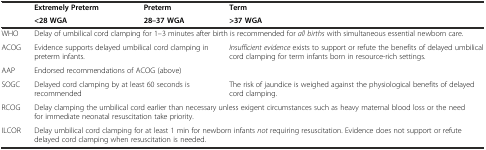
<table><thead><tr><td rowspan="2"></td><td><b>Extremely Preterm</b></td><td><b>Preterm</b></td><td><b>Term</b></td></tr><tr><td><b>&lt;28 WGA</b></td><td><b>28–37 WGA</b></td><td><b>&gt;37 WGA</b></td></tr></thead><tbody><tr><td>WHO</td><td colspan="3">Delay of umbilical cord clamping for 1–3 minutes after birth is recommended for <i>all births</i> with simultaneous essential newborn care.</td></tr><tr><td>ACOG</td><td colspan="2">Evidence supports delayed umbilical cord clamping in preterm infants.</td><td><i>Insufficient evidence</i> exists to support or refute the benefits of delayed umbilical cord clamping for term infants born in resource-rich settings.</td></tr><tr><td>AAP</td><td colspan="3">Endorsed recommendations of ACOG (above)</td></tr><tr><td>SOGC</td><td colspan="2">Delayed cord clamping by at least 60 seconds is recommended</td><td>The risk of jaundice is weighed against the physiological benefits of delayed cord clamping.</td></tr><tr><td>RCOG</td><td colspan="3">Delay clamping the umbilical cord earlier than necessary unless exigent circumstances such as heavy maternal blood loss or the need for immediate neonatal resuscitation take priority.</td></tr><tr><td>ILCOR</td><td colspan="3">Delay umbilical cord clamping for at least 1 min for newborn infants <i>not</i> requiring resuscitation. Evidence does not support or refute delayed cord clamping when resuscitation is needed.</td></tr></tbody></table>